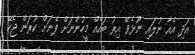
އަދި އެއާ ނުލައި ނޫޅެވޭ އިރު ބައެއް މީހުންނަށް ފެނަށް ކުރަން ޖެހޭ